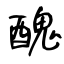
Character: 醜